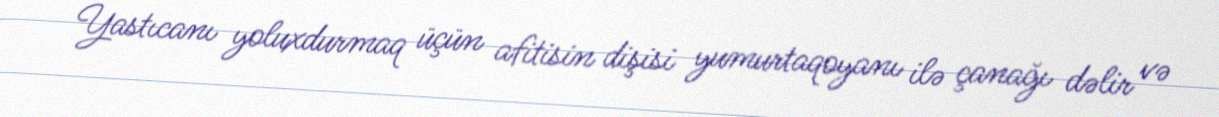
Yastıcanı yoluxdurmaq üçün afitisin dişisi yumurtaqoyanı ilə çanağı dəlir və